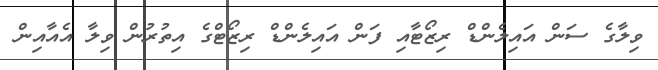
ވިލާގެ ސަން އައިލެންޑް ރިޒޯޓާއި ފަން އައިލެންޑް ރިޒޯޓްގެ އިތުރުން ވިލާ އެއާއިން